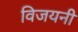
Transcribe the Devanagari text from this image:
विजयनी